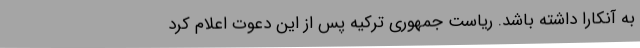
به آنکارا داشته باشد. ریاست جمهوری ترکیه پس از این دعوت اعلام کرد